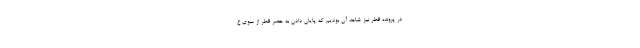
در پرونده قطر نیز شاهد آن بودیم که پایان دادن به حصر قطر از سوی ع